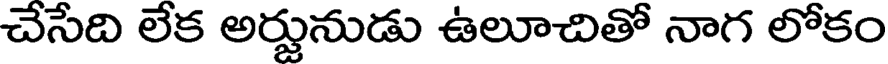
చేసేది లేక అర్జునుడు ఉలూచితో నాగ లోకం